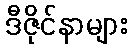
ဒီဇိုင်နာများ